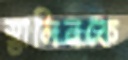
স্তালিনকে